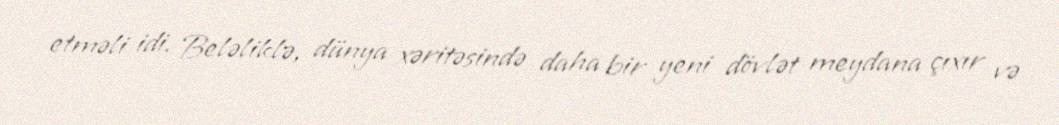
etməli idi. Beləliklə, dünya xəritəsində daha bir yeni dövlət meydana çıxır və